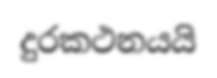
දුරකථනයයි